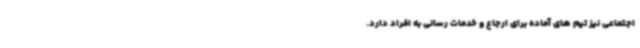
اجتماعی نیز تیم های آماده برای ارجاع و خدمات رسانی به افراد دارد.